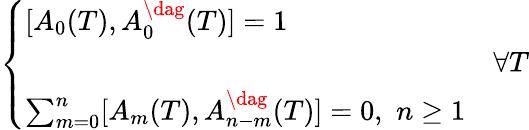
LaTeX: \left\{ \begin{array}{ll}{{\displaystyle[A_{0}(T),A_{0}^{\dag}(T)]=1}}&{{}}\\ {{}}&{{\forall T}}\\ {{\sum_{m=0}^{n}[A_{m}(T),A_{n-m}^{\dag}(T)]=0,\, \, n\geq 1}}&{{}}\end{array}\right.